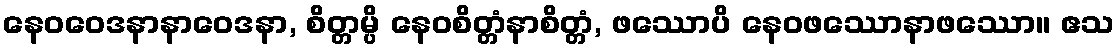
နေဝဝေဒနာနာဝေဒနာ, စိတ္တမ္ပိ နေဝစိတ္တံနာစိတ္တံ, ဖဿောပိ နေဝဖဿောနာဖဿော။ ဧသ